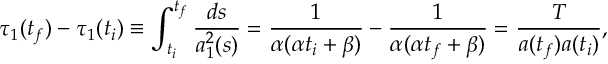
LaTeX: \tau _ { 1 } ( t _ { f } ) - \tau _ { 1 } ( t _ { i } ) \equiv \int _ { t _ { i } } ^ { t _ { f } } \frac { d s } { a _ { 1 } ^ { 2 } ( s ) } = \frac { 1 } { \alpha ( \alpha t _ { i } + \beta ) } - \frac { 1 } { \alpha ( \alpha t _ { f } + \beta ) } = \frac { T } { a ( t _ { f } ) a ( t _ { i } ) } ,